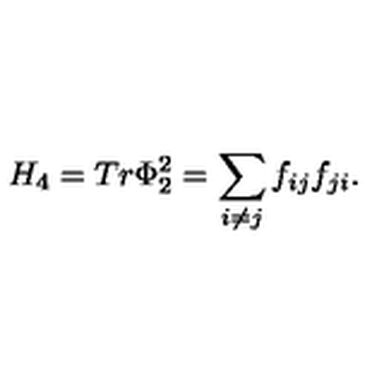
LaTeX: H _ { 4 } = T r \Phi _ { 2 } ^ { 2 } = \sum _ { i \neq j } f _ { i j } f _ { j i } .